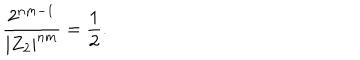
\frac { 2 ^ { n m - 1 } } { | Z _ { 2 } | ^ { n m } } = \frac { 1 } { 2 } .